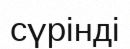
сүрінді